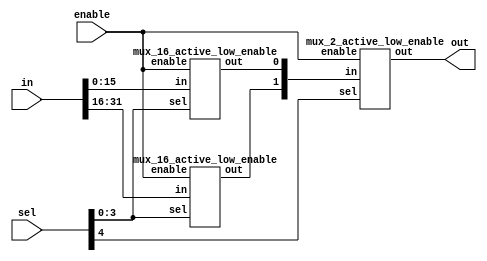
// Design a 32 to 1 MUX with active low enable.

// 32 inputs means we have 5 input select lines.
// Direct assignment can be done but here we will go with hierarchy flow/ mux tree formation.
// The direct assignment one can be seen in the file named mux_32_direct_active_low_enable.v

module mux_32to1_active_low_enable(out, in ,sel, enable);
output out;
input [31:0] in;
input [4:0] sel;
input enable;

wire [1:0]temp_out;

mux_16_active_low_enable m0(temp_out[0], in[15:0], sel[3:0], enable);
mux_16_active_low_enable m1(temp_out[1], in[31:16], sel[3:0], enable);

mux_2_active_low_enable m2(out, temp_out[1:0], sel[4],enable);

endmodule

module mux_16_active_low_enable(out,in,sel,enable);
input [15:0] in;
input [3:0] sel;
input enable;
output out;

wire [3:0]t;
mux_4_active_low_enable m3(t[3],in[15:12], sel[1:0],enable);
mux_4_active_low_enable m2(t[2],in[11:8], sel[1:0],enable);
mux_4_active_low_enable m1(t[1],in[7:4], sel[1:0],enable);
mux_4_active_low_enable m0(t[0],in[3:0], sel[1:0],enable);
mux_4_active_low_enable m4(out,t[3:0], sel[3:2],enable);

endmodule

module mux_4_active_low_enable(out, in, sel,enable);
input [3:0]in;
input [1:0] sel;
input enable;
output out;

wire [1:0] t;
mux_2_active_low_enable m0(t[0],in[1:0],sel[0],enable);
mux_2_active_low_enable m1(t[1],in[3:2],sel[0],enable);
mux_2_active_low_enable m2(out,t[1:0],sel[1],enable);

endmodule

module mux_2_active_low_enable(out, in, sel,enable);
input [1:0] in;
input sel;
input enable;
output out;
wire selb, t2, t1;
wire en_bar = ~enable;

not G1 (selb,sel);
and G2 (t1,in[0],selb,en_bar);
and G3 (t2,in[1],sel,en_bar);
or G4 (out,t1,t2);
endmodule